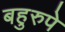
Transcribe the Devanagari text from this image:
बहुरुपे